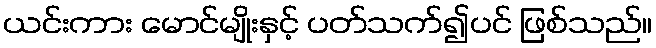
ယင်းကား မောင်မျိုးနှင့် ပတ်သက်၍ပင် ဖြစ်သည်။